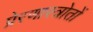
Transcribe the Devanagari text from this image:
प्रेरणास्त्रोतों